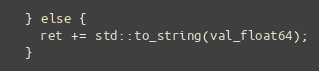
Language: C++
  } else {
    ret += std::to_string(val_float64);
  }